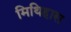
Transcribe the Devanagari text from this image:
मिथिहास